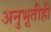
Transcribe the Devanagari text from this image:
अनुभूतीही